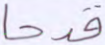
قدحا